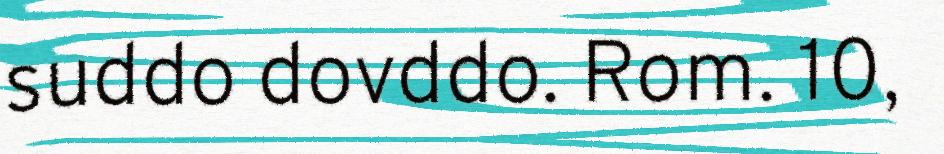
suddo dovddo. Rom. 10,